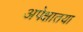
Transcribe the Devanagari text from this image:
अपेक्षातया